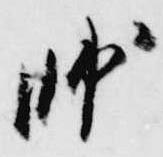
師